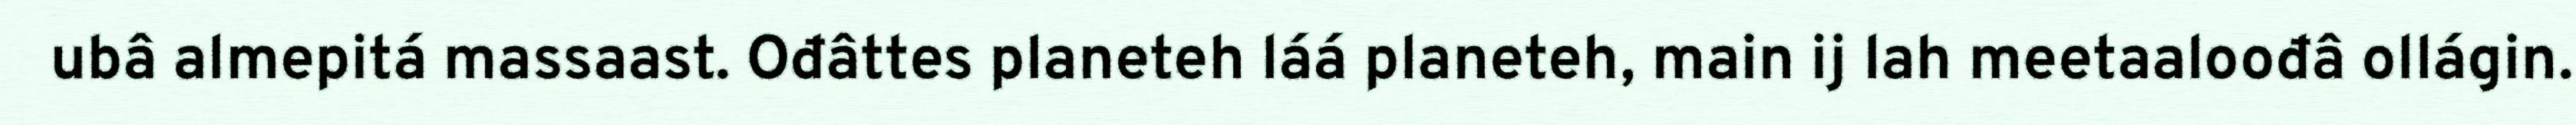
ubâ almepitá massaast. Ođâttes planeteh láá planeteh, main ij lah meetaaloođâ ollágin.